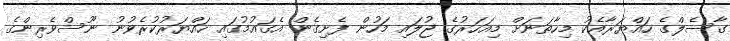
ގާސެލްގެ ހައްޔަރާއެކު މިހާތަނަށް މިއަހަރުގެ ޖުލައި މަހުން ފެށިގެން އެގައުމުގައި ހައްޔަރުކުރެވުނު ނޫސްވެރިންގެ